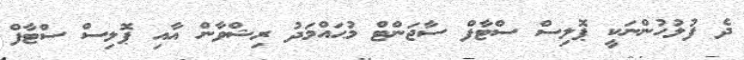
ދެ ފުލުހުންނަކީ ޕޮލިސް ސްޓާފް ސާޖަންޓް މުޙައްމަދު ރިޝްވާން އާއި ޕޮލިސް ސްޓާފް